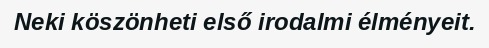
Neki köszönheti első irodalmi élményeit.